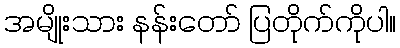
အမျိုးသား နန်းတော် ပြတိုက်ကိုပါ။